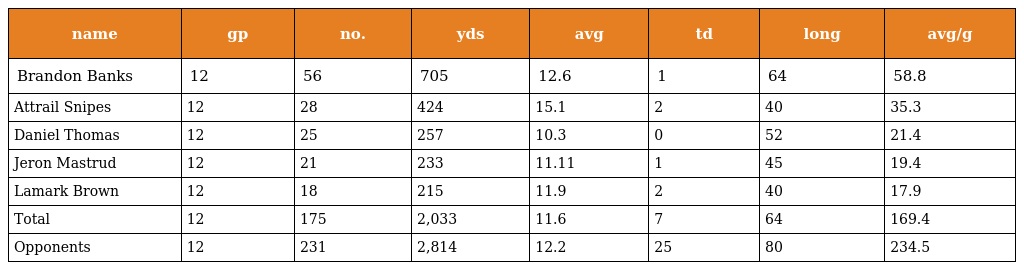
| name | gp | no. | yds | avg | td | long | avg/g |
 | --- | --- | --- | --- | --- | --- | --- | --- |
 | Brandon Banks | 12 | 56 | 705 | 12.6 | 1 | 64 | 58.8 |
 | Attrail Snipes | 12 | 28 | 424 | 15.1 | 2 | 40 | 35.3 |
 | Daniel Thomas | 12 | 25 | 257 | 10.3 | 0 | 52 | 21.4 |
 | Jeron Mastrud | 12 | 21 | 233 | 11.11 | 1 | 45 | 19.4 |
 | Lamark Brown | 12 | 18 | 215 | 11.9 | 2 | 40 | 17.9 |
 | Total | 12 | 175 | 2,033 | 11.6 | 7 | 64 | 169.4 |
 | Opponents | 12 | 231 | 2,814 | 12.2 | 25 | 80 | 234.5 |